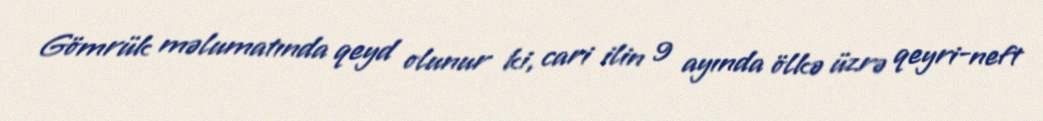
Gömrük məlumatında qeyd olunur ki, cari ilin 9 ayında ölkə üzrə qeyri-neft